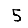
Digit: 5